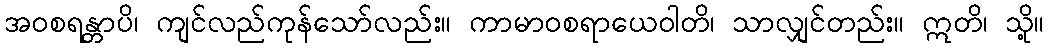
အဝစရန္တာပိ၊ ကျင်လည်ကုန်သော်လည်း။ ကာမာဝစရာယေဝါတိ၊ သာလျှင်တည်း။ ဣတိ၊ သို့။